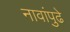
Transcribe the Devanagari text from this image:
नावांपुढे